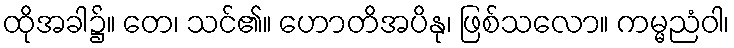
ထိုအခါ၌။ တေ၊ သင်၏။ ဟောတိအပိနု၊ ဖြစ်သလော။ ကမ္မညံဝါ၊